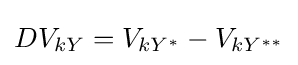
DV_{kY}=V_{kY^{*}}-V_{kY^{**}}